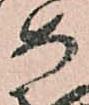
め